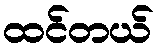
ထင်တယ်